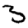
Digit: 3